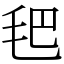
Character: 𣬶